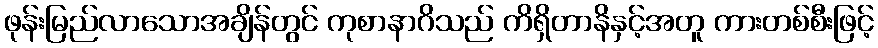
ဖုန်းမြည်လာသောအချိန်တွင် ကုစာနာဂိသည် ကိရှိတာနိနှင့်အတူ ကားတစ်စီးဖြင့်